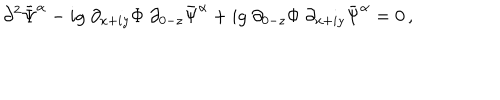
\partial ^ { 2 } \bar { \Psi } ^ { \alpha } - i g \; \partial _ { x + i y } \Phi \; \partial _ { 0 - z } \bar { \Psi } ^ { \alpha } + i g \; \partial _ { 0 - z } \Phi \; \partial _ { x + i y } \bar { \Psi } ^ { \alpha } = 0 \, ,